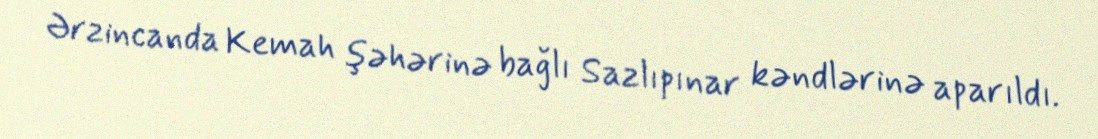
Ərzincanda Kemah şəhərinə bağlı Sazlıpınar kəndlərinə aparıldı.